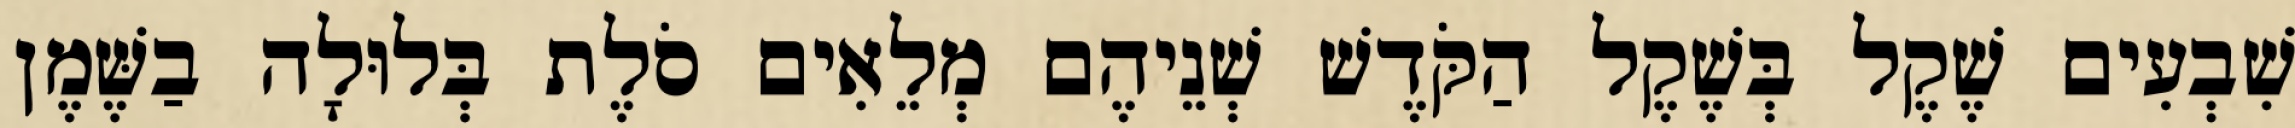
שִׁבְעִים שֶׁקֶל בְּשֶׁקֶל הַקֹּדֶשׁ שְׁנֵיהֶם מְלֵאִים סֹלֶת בְּלוּלָה בַשֶּׁמֶן